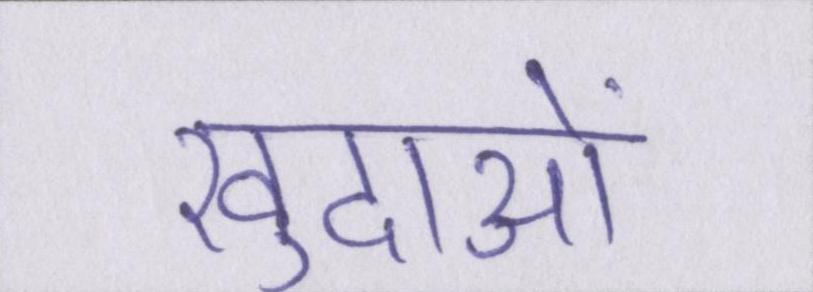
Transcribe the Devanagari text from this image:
खुदाओं